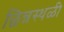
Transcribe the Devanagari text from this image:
छिन्नस्थळी